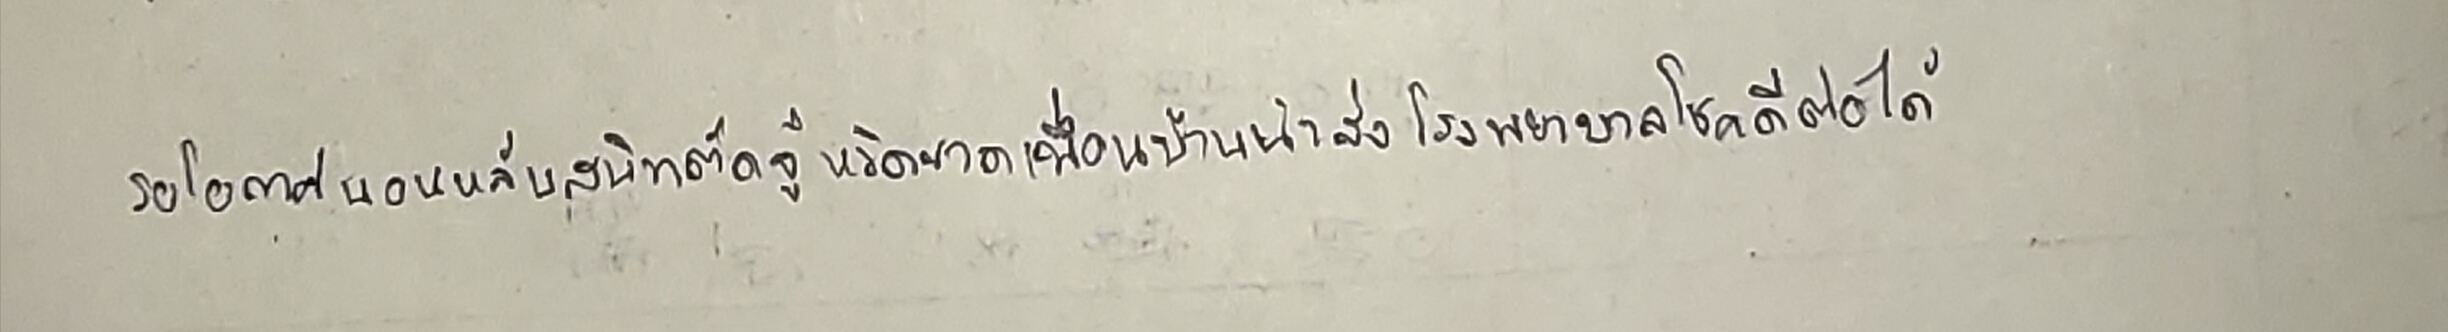
รอโอกาสนอนหลับสนิทตัดจู๋หวิดขาดเพื่อนบ้านนำส่งโรงพยาบาลโชคดีต่อได้